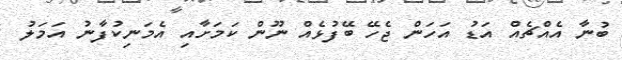
ބުނާ އެއްޗެއް އަޑު އަހަން ޖެހޭ ބޭފުޅެއް ނޫން ކަމަށާއި އެމަނިކުފާނު އަމަލު